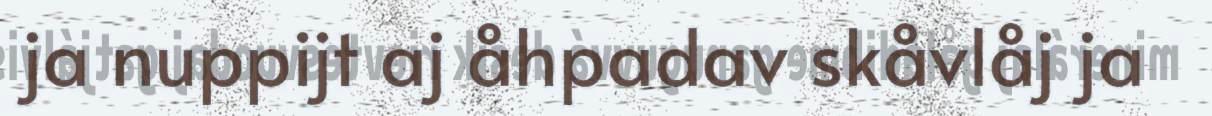
ja nuppijt aj åhpadav skåvlåj ja